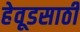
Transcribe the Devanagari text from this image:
हेवूडसाठी